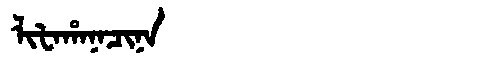
Manchu: ᠯᡳᡶᠠᡥᠠᠨᠠᠴᡳᠨᠠ
Romanization: LIFAHANACINA